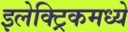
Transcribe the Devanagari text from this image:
इलेक्ट्रिकमध्ये